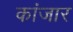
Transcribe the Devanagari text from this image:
कांजार